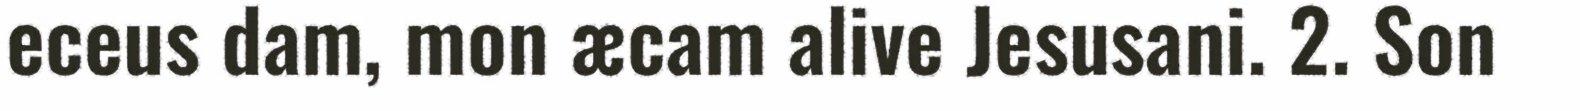
eceus dam, mon æcam alive Jesusani. 2. Son